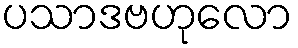
ပသာဒဗဟုလော